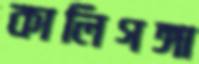
কালিগঙ্গা